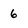
Character: 6